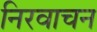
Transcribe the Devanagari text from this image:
निरवाचन